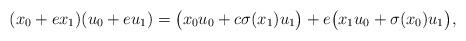
LaTeX: \begin{align*}(x_0 + ex_1)(u_0 + eu_1) = \big(x_0u_0 + c \sigma(x_1)u_1 \big) + e\big(x_1u_0 + \sigma(x_0)u_1 \big),\end{align*}